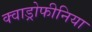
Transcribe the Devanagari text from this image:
क्वाड्रोफीनिया